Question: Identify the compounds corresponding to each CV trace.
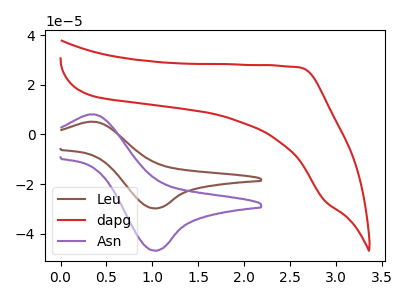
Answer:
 <answer>The brown curve is labeled "Leu". The red curve is labeled "dapg". The purple curve is labeled "Asn".</answer>
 <eval></eval>